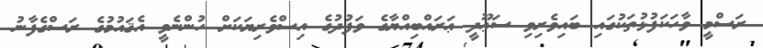
ރަސްމީ ވާހަކަފުޅުތަކުގައި ބައިވެރިވި ސަޢޫދީ ޢަރައްބިއްޔާގެ ވަފުދުގެ އިސްވެރިޔަކަށް ހުންނެވީ އެޤައުމުގެ ރަސްގެފާނު